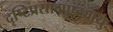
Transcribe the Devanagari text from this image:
दृष्टिप्रसाद्पुष्ट्यायुः